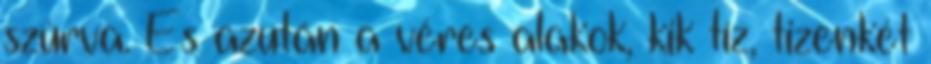
szúrva. És azután a véres alakok, kik tíz, tizenkét